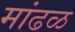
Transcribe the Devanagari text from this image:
मांढळ